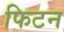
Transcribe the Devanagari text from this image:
फिटन